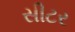
સીટર